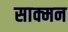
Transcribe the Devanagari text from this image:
साक्मन